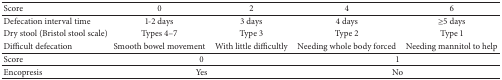
| Score | 0 | 2 | 4 | 6 |
 | --- | --- | --- | --- | --- |
 | Defecation interval time | 1-2 days | 3 days | 4 days | ≥5 days |
 | Dry stool (Bristol stool scale) | Types 4–7 | Type 3 | Type 2 | Type 1 |
 | Difficult defecation | Smooth bowel movement | With little difficultly | Needing whole body forced | Needing mannitol to help |
 | Score | <COLSPAN=2> 0 | <COLSPAN=2> 1 |
 | Encopresis | <COLSPAN=2> Yes | <COLSPAN=2> No |